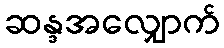
ဆန္ဒအလျှောက်